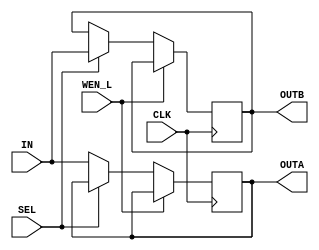
module dual_reg_in(CLK, IN, SEL, WEN_L, OUTA, OUTB);

  input        CLK;
  input  [7:0] IN;
  input			SEL;
  input		   WEN_L;
  
  output [7:0] OUTA;
  output [7:0] OUTB;
  
  reg    [7:0] OUTA;
  reg    [7:0] OUTB;
  
  always @(posedge CLK) begin
	if (~WEN_L) begin
		if (SEL)
			OUTB = IN;
		else
			OUTA = IN;
	end
  end
 
 endmodule